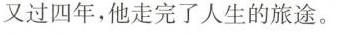
又过四年，他走完了人生的旅途。